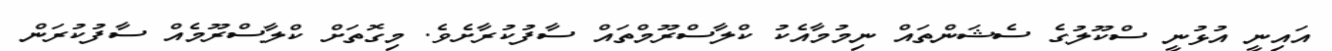
އައިނީ އުޅުނީ ސްކޫލުގެ ސެޝަންތައް ނިމުމާއެކު ކްލާސްރޫމްތައް ސާފުކުރާށެވެ. މިގޮތަށް ކްލާސްރޫމެއް ސާފުކުރަން